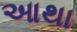
આથા